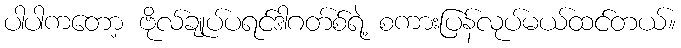
ပါပါကတော့ ဗိုလ်ချုပ်ပရင်ဒါဂတ်စ်ရဲ့ စကားပြန်လုပ်မယ်ထင်တယ်။